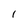
Character: l